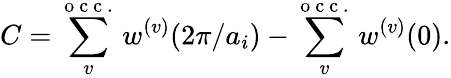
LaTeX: C=\sum_{v}^{\mathrm{~o~c~c~.~}}w^{(v)}(2\pi/a_{i})-\sum_{v}^{\mathrm{~o~c~c~.~}}w^{(v)}(0).